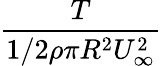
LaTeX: \frac{T}{1/2\rho\pi R^{2}U_{\infty}^{2}}